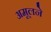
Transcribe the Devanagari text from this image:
अमूलने